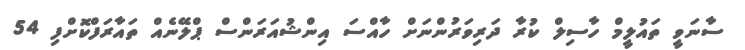
ސާނަވީ ތައުލީމް ހާސިލް ކުރާ ދަރިވަރުންނަށް ހާއްސަ އިންޝުއަރަންސް ޕްލޭނެއް ތައާރަފްކޮށްފި 54